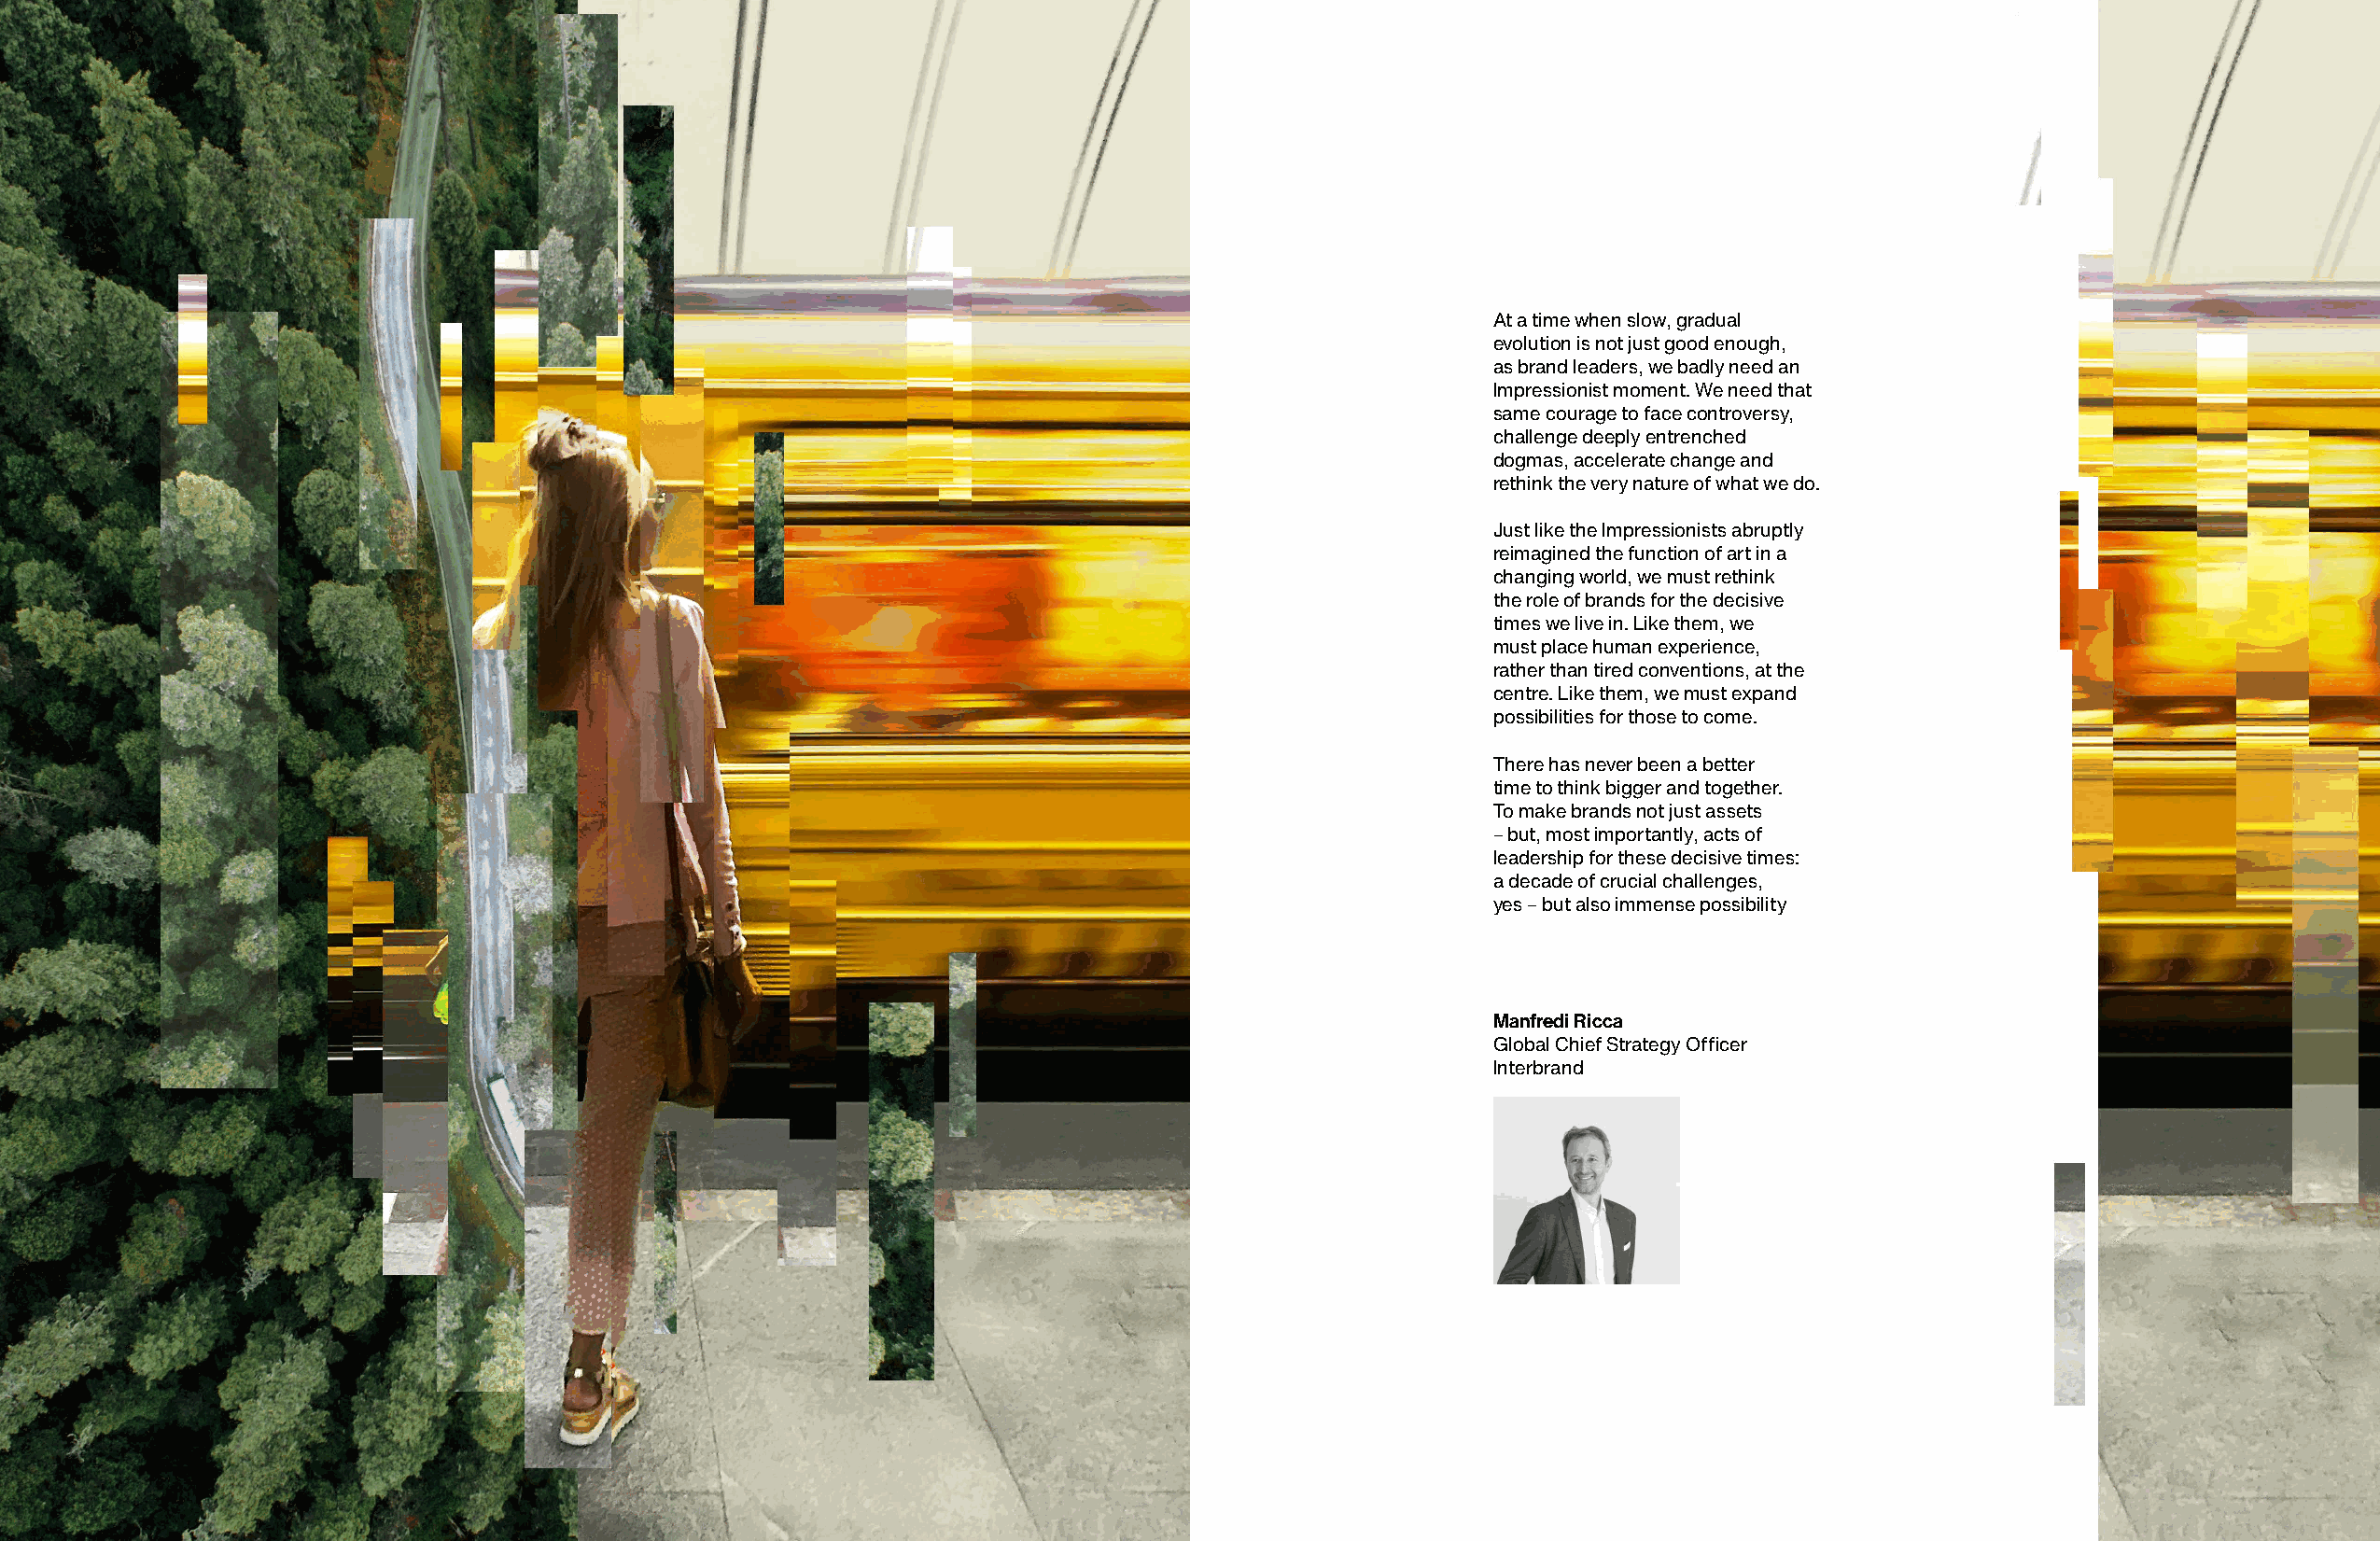
At a time when slow, gradual
 evolution is not just good enough,
 as brand leaders, we badly need an
 Impressionist moment. We need that
 same courage to face controversy,
 challenge deeply entrenched
 dogmas, accelerate change and
 rethink the very nature of what we do.
 Just like the Impressionists abruptly
 reimagined the function of art in a
 changing world, we must rethink
 the role of brands for the decisive
 times we live in. Like them, we
 must place human experience,
 rather than tired conventions, at the
 centre. Like them, we must expand
 possibilities for those to come.
 There has never been a better
 time to think bigger and together.
 To make brands not just assets
 – but, most importantly, acts of
 leadership for these decisive times:
 a decade of crucial challenges,
 yes – but also immense possibility
 Manfredi Ricca
 Global Chief Strategy Officer
 Interbrand
 Best Global Brand 2021 Report                                                                                                                       13